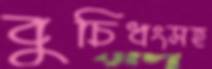
বুচিধংসহ